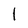
Character: l